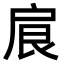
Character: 𢩆